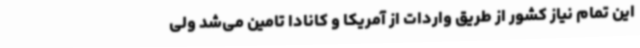
این تمام نیاز کشور از طریق واردات از آمریکا و کانادا تامین می‌شد ولی